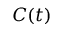
C ( t )